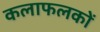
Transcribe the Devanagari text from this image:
कलाफलकों